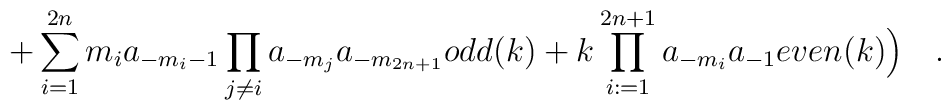
+\sum_{i=1}^{2n} m_i a_{-m_i-1} \prod_{j\neq i} a_{-m_j} a_{-m_{2n+1}} odd(k)+ k \prod_{i:=1}^{2n+1} a_{-m_i} a_{-1} even(k)\Bigr) \quad .